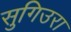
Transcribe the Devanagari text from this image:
सुगिउरा